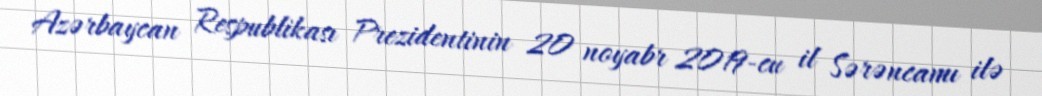
Azərbaycan Respublikası Prezidentinin 20 noyabr 2019-cu il Sərəncamı ilə